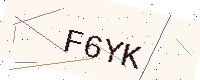
Text: F6YK